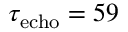
\tau _ { \mathrm { e c h o } } = 5 9